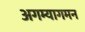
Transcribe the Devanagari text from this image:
अगम्यागमन